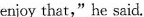
enjoy that,"he said.